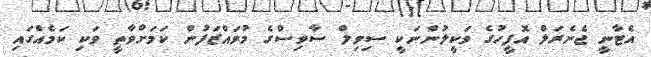
އެޓާނީ ޖެނެރަލް އޮފީހުގެ ވަކީލުންނަކީ ސިވިލް ސާވިސްގެ މުވައްޒަފުން ކަމަށްވާތީ ވަކި ކަމެއްގައި